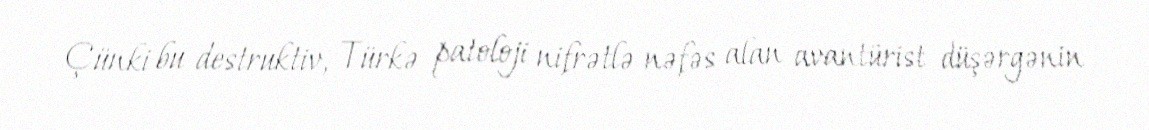
Çünki bu destruktiv, Türkə patoloji nifrətlə nəfəs alan avantürist düşərgənin